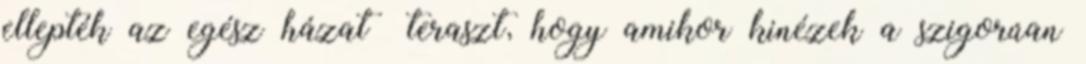
ellepték az egész házat teraszt, hogy amikor kinézek a szigorúan